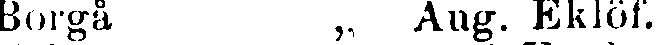
Borgå „ Aug. Eklöf.